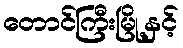
တောင်ကြီးမြို့နှင့်